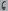
Text: 56